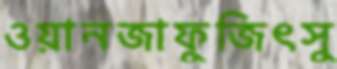
ওয়ানজাফুজিৎসু